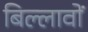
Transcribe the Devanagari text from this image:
बिल्लावों